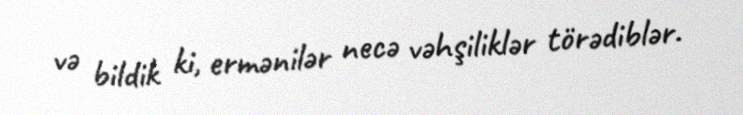
və bildik ki, ermənilər necə vəhşiliklər törədiblər.